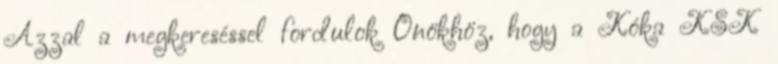
Azzal a megkereséssel fordulok Önökhöz, hogy a Kóka KSK